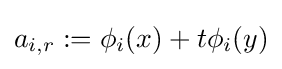
{\textstyle a_{i,r}:=\phi _{i}(x)+t\phi _{i}(y)}